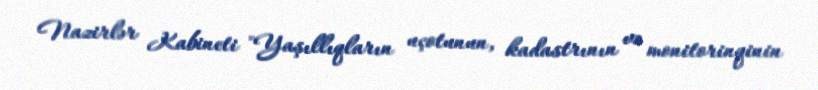
Nazirlər Kabineti "Yaşıllıqların uçotunun, kadastrının və monitorinqinin